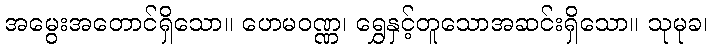
အမွေးအတောင်ရှိသော။ ဟေမဝဏ္ဏ၊ ရွှေနှင့်တူသောအဆင်းရှိသော။ သုမုခ၊